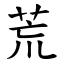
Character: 荒